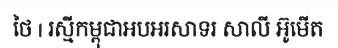
ថៃ | រស្មីកម្ពុជាអបអរសាទរ សាលី អ៊ូមើត